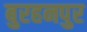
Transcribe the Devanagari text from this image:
बुरहनपुर